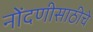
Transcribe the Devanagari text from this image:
नोंदणीसाठीचे